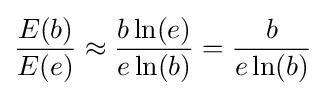
{{E(b)} \over {E(e)}}\approx {{b\ln(e)} \over {e\ln(b)}}={{b} \over {e\ln(b)}}